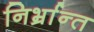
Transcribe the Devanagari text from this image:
निर्भ्रान्त